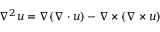
\nabla ^ { 2 } \boldsymbol { u } = \nabla ( \nabla \cdot \boldsymbol { u } ) - \nabla \times ( \nabla \times \boldsymbol { u } )